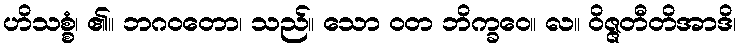
ဟိသစ္စံ၊ ၏။ ဘဂဝတော၊ သည်။ သော ဝတ ဘိက္ခဝေ။ လ။ ဝိဇ္ဇတီတိအာဒိ၊